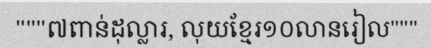
"""៧ពាន់ដុល្លារ, លុយខ្មែរ១០លានរៀល"""